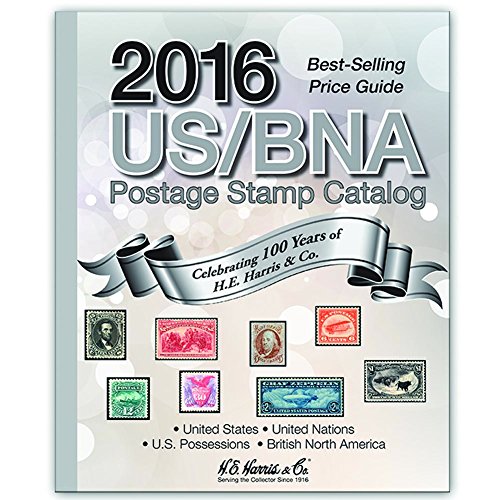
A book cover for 2016 US/BNA Postage Stamp Catalog; H.E. Harris & Co.; Crafts, Hobbies & Home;